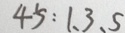
4 5 : 1 , 3 , 5